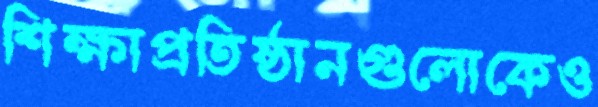
শিক্ষাপ্রতিষ্ঠানগুলোকেও